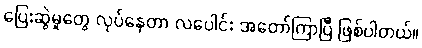
ပြေးဆွဲမှုတွေ လုပ်နေတာ လပေါင်း အတော်ကြာပြီ ဖြစ်ပါတယ်။